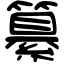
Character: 纂